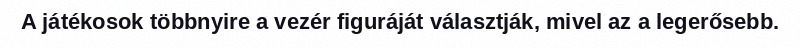
A játékosok többnyire a vezér figuráját választják, mivel az a legerősebb.